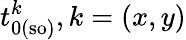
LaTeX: t_{0(\mathrm{so)}}^{k},k=(x,y)